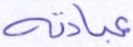
عبادته